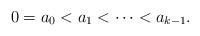
LaTeX: \begin{align*}0 = a_0 < a_1 < \cdots < a_{k-1}. \end{align*}